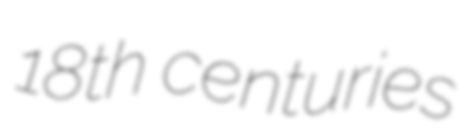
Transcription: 18th centuries